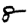
Digit: 8